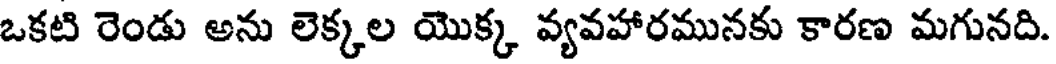
ఒకటి రెండు అను లెక్కల యొక్క వ్యవహారమునకు కారణ మగునది.